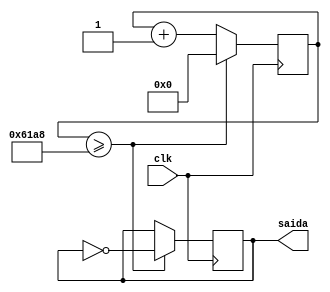
//  Mdulo divisor de Clock
module clock (input clk, output reg saida);
	reg[27:0] contador;
	initial contador = 0;
	
	always @(posedge clk)
		begin contador <= contador + 29'd1;
		if (contador >= 50000/2)
			begin contador <= 29'd0;
			saida = ~saida;
		end
	end
endmodule